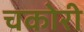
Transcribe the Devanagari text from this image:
चकोरी